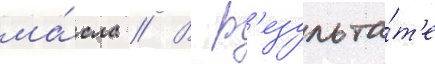
ма́сла // В р'езульта́т'е